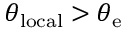
\theta _ { \mathrm { { l o c a l } } } > \theta _ { \mathrm { { e } } }